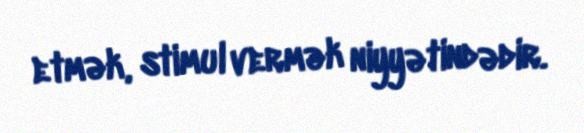
etmək, stimul vermək niyyətindədir.